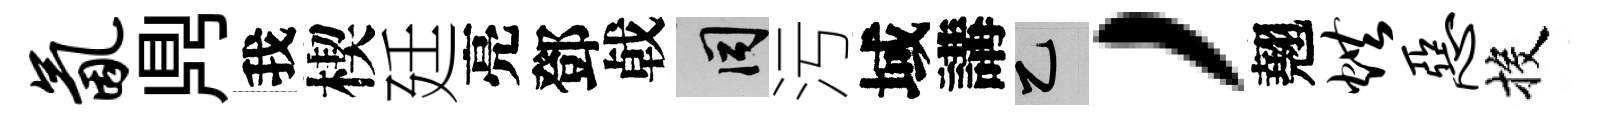
氤𪔂我楔廷亮鄧㦸间污域講乙，翹烘恶投